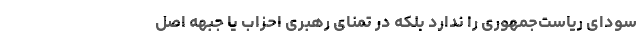
سودای ریاست‌جمهوری را ندارد بلکه در تمنای رهبری احزاب یا جبهه اصل